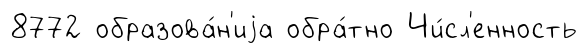
8772 образова́н'иjа обра́тно Чи́сл'енность